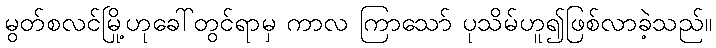
မွတ်စလင်မြို့ဟုခေါ်တွင်ရာမှ ကာလ ကြာသော် ပုသိမ်ဟူ၍ဖြစ်လာခဲ့သည်။